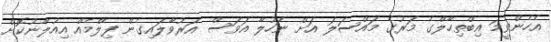
އެހެންވީމަ އިބްތިހާލްގެ މަރުގެ މައްސަލަ އަށް ނަހުލާ އަވަސް އަރުވާލައިގެން ފިލްމެއް އިއުލާނުކޮށް